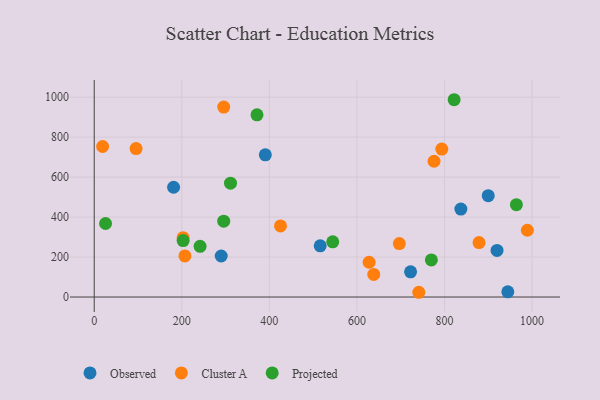
{"axis": {"x": "Ad Spend", "y": "Salary"}, "legend": ["Cluster A", "Observed", "Projected"], "data": [{"x": "944.7", "y": 26.2, "type": "Observed"}, {"x": "181.3", "y": 549.3, "type": "Observed"}, {"x": "390.8", "y": 711.7, "type": "Observed"}, {"x": "900.0", "y": 507.2, "type": "Observed"}, {"x": "920.1", "y": 233.1, "type": "Observed"}, {"x": "516.2", "y": 256.1, "type": "Observed"}, {"x": "722.6", "y": 126.2, "type": "Observed"}, {"x": "290.1", "y": 205.4, "type": "Observed"}, {"x": "837.5", "y": 440.2, "type": "Observed"}, {"x": "425.5", "y": 355.7, "type": "Cluster A"}, {"x": "95.6", "y": 742.9, "type": "Cluster A"}, {"x": "879.0", "y": 272.5, "type": "Cluster A"}, {"x": "203.0", "y": 297.2, "type": "Cluster A"}, {"x": "638.5", "y": 113.3, "type": "Cluster A"}, {"x": "776.2", "y": 679.3, "type": "Cluster A"}, {"x": "696.9", "y": 267.3, "type": "Cluster A"}, {"x": "793.9", "y": 740.5, "type": "Cluster A"}, {"x": "295.8", "y": 950.6, "type": "Cluster A"}, {"x": "627.9", "y": 174.1, "type": "Cluster A"}, {"x": "989.4", "y": 334.2, "type": "Cluster A"}, {"x": "741.4", "y": 23.8, "type": "Cluster A"}, {"x": "207.2", "y": 205.5, "type": "Cluster A"}, {"x": "19.2", "y": 753.1, "type": "Cluster A"}, {"x": "964.3", "y": 462.3, "type": "Projected"}, {"x": "770.1", "y": 185.8, "type": "Projected"}, {"x": "371.8", "y": 911.6, "type": "Projected"}, {"x": "295.8", "y": 379.7, "type": "Projected"}, {"x": "544.8", "y": 276.1, "type": "Projected"}, {"x": "25.9", "y": 368.0, "type": "Projected"}, {"x": "203.1", "y": 282.3, "type": "Projected"}, {"x": "241.8", "y": 253.8, "type": "Projected"}, {"x": "311.3", "y": 569.7, "type": "Projected"}, {"x": "822.1", "y": 987.2, "type": "Projected"}]}